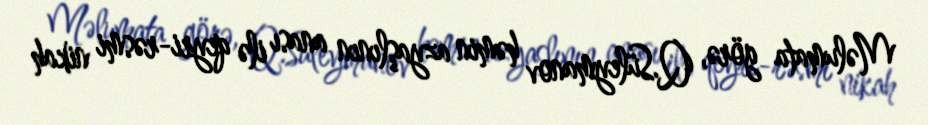
Məlumata görə, Q.Süleymanov həmin azyaşlının anası ilə qeyri-rəsmi nikah